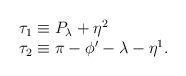
LaTeX: \begin{align*}\begin{array}{l} \tau_1\equiv P_\lambda+\eta^2 \\ \tau_2\equiv \pi-\phi'-\lambda-\eta^1. \end{array} \end{align*}